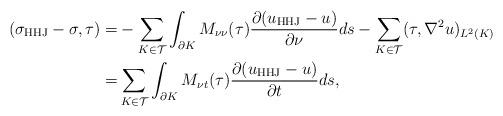
LaTeX: \begin{align*} (\sigma_{\rm HHJ}-\sigma,\tau)=&-\sum_{K\in\mathcal{T}}\int_{\partial K}M_{\nu\nu}(\tau)\frac{\partial(u_{\rm HHJ}-u)}{\partial\nu}ds-\sum_{K\in\mathcal{T}}(\tau,\nabla^2u)_{L^2(K)}\\ =&\sum_{K\in\mathcal{T}}\int_{\partial K}M_{\nu t}(\tau)\frac{\partial(u_{\rm HHJ}-u)}{\partial t}ds, \end{align*}